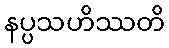
နပ္ပသဟိဿတိ